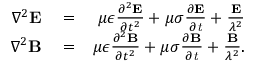
\begin{array} { r l r } { \nabla ^ { 2 } \bf { E } } & { { } = } & { \mu \epsilon \frac { \partial ^ { 2 } \bf { E } } { \partial t ^ { 2 } } + \mu \sigma \frac { \partial \bf { E } } { \partial \it { t } } + \frac { \bf { E } } { \lambda ^ { 2 } } } \\ { \nabla ^ { 2 } \bf { B } } & { { } = } & { \mu \epsilon \frac { \partial ^ { 2 } \bf { B } } { \partial t ^ { 2 } } + \mu \sigma \frac { \partial \bf { B } } { \partial \it { t } } + \frac { \bf { B } } { \lambda ^ { 2 } } . } \end{array}